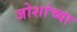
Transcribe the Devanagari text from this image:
जोशांच्या